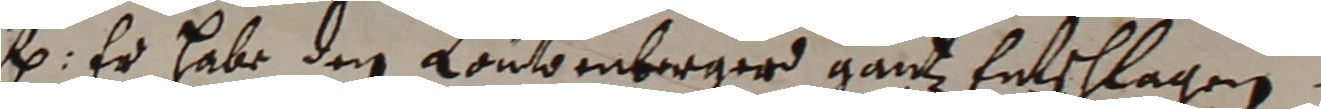
. Er habe dem Loutmnberger ganz entschlagen.